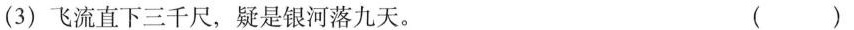
(3)飞流直下三千尺，疑是银河落九天。 ()